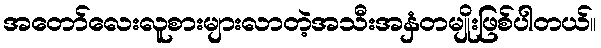
အတော်လေးလူစားများလာတဲ့အသီးအနှံတမျိုးဖြစ်ပါတယ်။